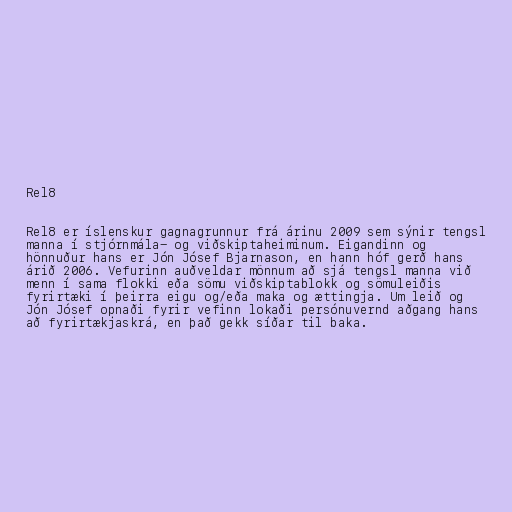
Rel8

Rel8 er íslenskur gagnagrunnur frá árinu 2009 sem sýnir tengsl
manna í stjórnmála- og viðskiptaheiminum. Eigandinn og
hönnuður hans er Jón Jósef Bjarnason, en hann hóf gerð hans
árið 2006. Vefurinn auðveldar mönnum að sjá tengsl manna við
menn í sama flokki eða sömu viðskiptablokk og sömuleiðis
fyrirtæki í þeirra eigu og/eða maka og ættingja. Um leið og
Jón Jósef opnaði fyrir vefinn lokaði persónuvernd aðgang hans
að fyrirtækjaskrá, en það gekk síðar til baka.